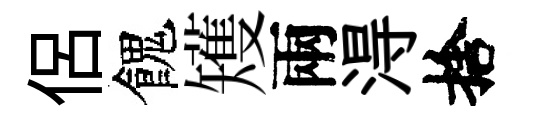
侶餽矱兩淂捨